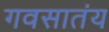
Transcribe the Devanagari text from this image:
गवसातंय